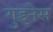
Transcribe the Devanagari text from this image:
गुइनेस